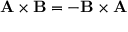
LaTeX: \mathbf { A } \times \mathbf { B } = \mathbf { - B } \times \mathbf { A }